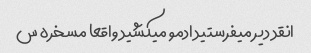
انقد دیر میفرستید ادمو میکشید واقعا مسخره س